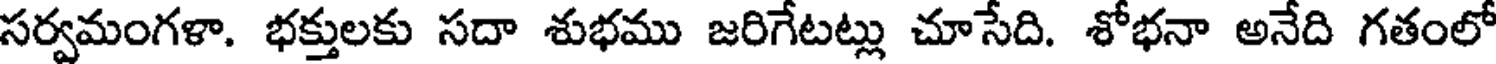
సర్వమంగళా. భక్తులకు సదా శుభము జరిగేటట్లు చూసేది. శోభనా అనేది గతంలో